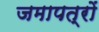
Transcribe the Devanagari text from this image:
जमापत्रों